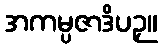
အကမ္ပဇာဒိပဉှ။